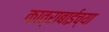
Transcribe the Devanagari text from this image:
कात्राबाईच्या